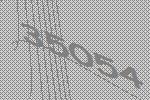
35054